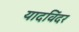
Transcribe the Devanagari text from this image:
यादविंदर